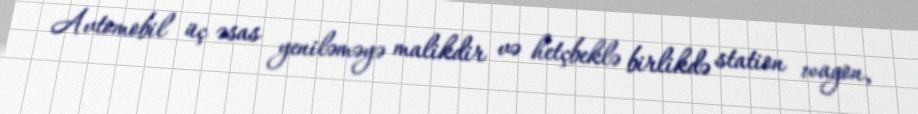
Avtomobil üç əsas yeniləməyə malikdir və hetçbeklə birlikdə station wagon,